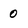
Character: 0